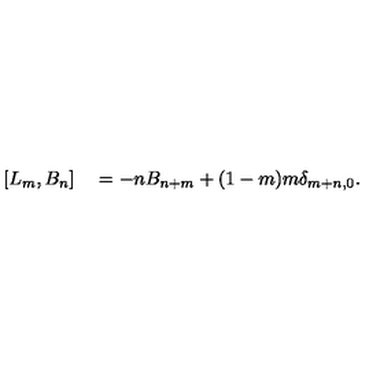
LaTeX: [ L _ { m } , B _ { n } ] \quad = - n B _ { n + m } + ( 1 - m ) m \delta _ { m + n , 0 } .